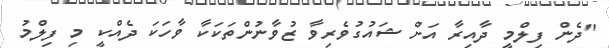
"ދެން ފިލްމީ ދާއިރާ އަށް ޝައުގުވެރިވާ ޒުވާނުންތަކަކާ ވާހަކަ ދެއްކީ މި ފިލްމު